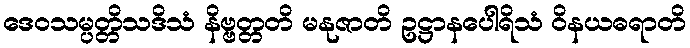
ဒေဝသမ္ပတ္တိသဒိသံ နိဗ္ဗတ္တတိ မနုဇာတိ ဥဋ္ဌာနပေါရိသံ ဝိနယဓရာတိ